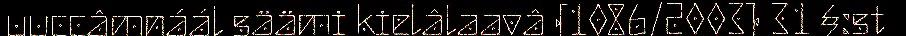
uuccâmnáál säämi kielâlaavâ (1086/2003) 31 §:st